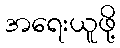
အရေးယူဖို့